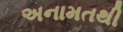
અનામતથી